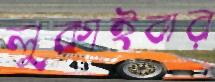
লুকাইবার